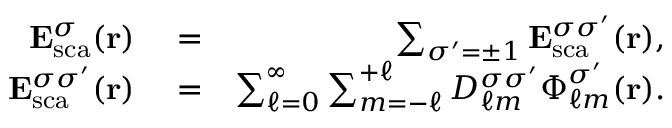
\begin{array} { r l r } { { \bf E } _ { \mathrm { { s c a } } } ^ { \sigma } ( { \bf r } ) } & { { } = } & { \sum _ { \sigma ^ { \prime } = \pm 1 } { \bf E } _ { \mathrm { { s c a } } } ^ { \sigma \sigma ^ { \prime } } ( { \bf r } ) , } \\ { { \bf E } _ { \mathrm { { s c a } } } ^ { \sigma \sigma ^ { \prime } } ( { \bf r } ) } & { { } = } & { \sum _ { \ell = 0 } ^ { \infty } \sum _ { m = - \ell } ^ { + \ell } D _ { \ell m } ^ { \sigma \sigma ^ { \prime } } \boldsymbol { \Phi } _ { \ell m } ^ { \sigma ^ { \prime } } ( { \bf r } ) . } \end{array}